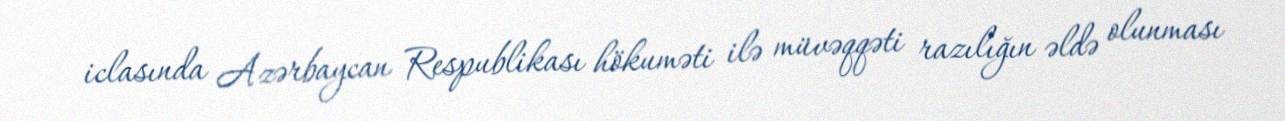
iclasında Azərbaycan Respublikası hökuməti ilə müvəqqəti razılığın əldə olunması